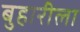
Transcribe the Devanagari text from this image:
बुहारीला